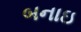
બનાઇ